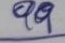
99